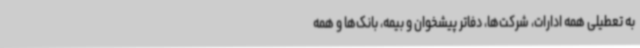
به تعطیلی همه ادارات، شرکت‌ها، دفاتر پیشخوان و بیمه، بانک‌ها و همه